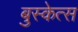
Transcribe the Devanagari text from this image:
बुस्केत्स